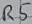
Text: R5